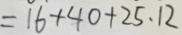
= 1 6 + 4 0 + 2 5 . 1 2